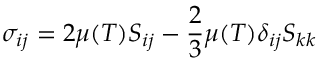
\sigma _ { i j } = 2 \mu ( T ) S _ { i j } - { \frac { 2 } { 3 } } \mu ( T ) \delta _ { i j } S _ { k k }